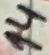
Text: 14